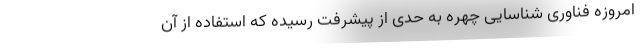
امروزه فناوری شناسایی چهره به حدی از پیشرفت رسیده که استفاده از آن